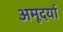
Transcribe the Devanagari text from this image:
अमूदर्या